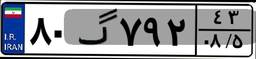
۹۳گ۵۵۱۱۸